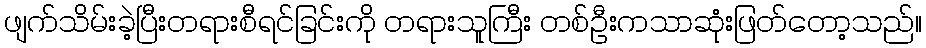
ဖျက်သိမ်းခဲ့ပြီးတရားစီရင်ခြင်းကို တရားသူကြီး တစ်ဦးကသာဆုံးဖြတ်တော့သည်။